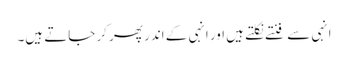
انہی سے فنتے نکلتے ہیں اور انہی کے اندر پھر کر جاتے ہیں۔